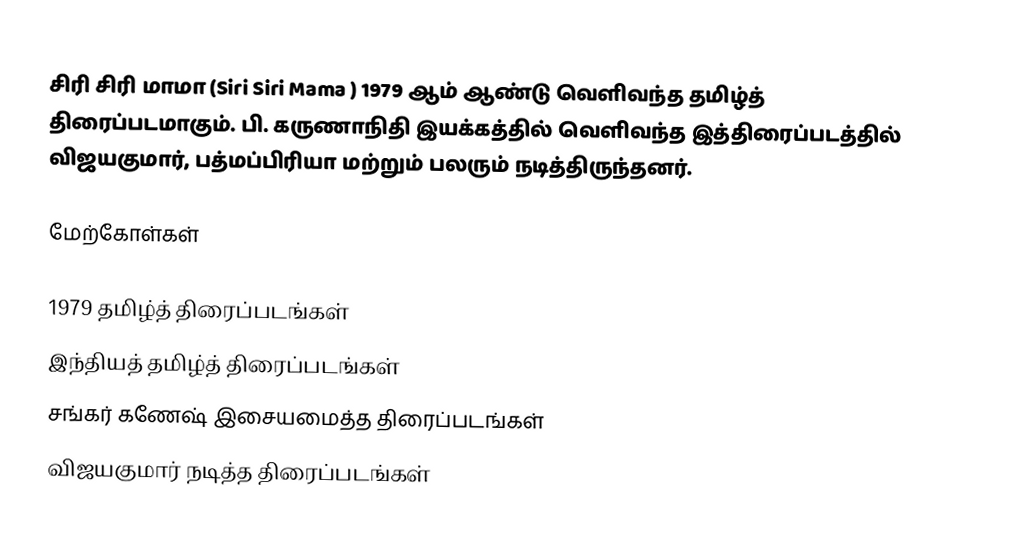
சிரி சிரி மாமா (Siri Siri Mama ) 1979 ஆம் ஆண்டு வெளிவந்த தமிழ்த் திரைப்படமாகும். பி. கருணாநிதி இயக்கத்தில் வெளிவந்த இத்திரைப்படத்தில் விஜயகுமார், பத்மப்பிரியா மற்றும் பலரும் நடித்திருந்தனர்.

மேற்கோள்கள்

1979 தமிழ்த் திரைப்படங்கள்
இந்தியத் தமிழ்த் திரைப்படங்கள்
சங்கர் கணேஷ் இசையமைத்த திரைப்படங்கள்
விஜயகுமார் நடித்த திரைப்படங்கள்